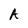
Character: A